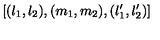
[ ( l _ { 1 } , l _ { 2 } ) , ( m _ { 1 } , m _ { 2 } ) , ( l _ { 1 } ^ { \prime } , l _ { 2 } ^ { \prime } ) ]